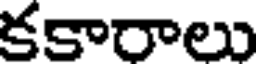
కకారాలు